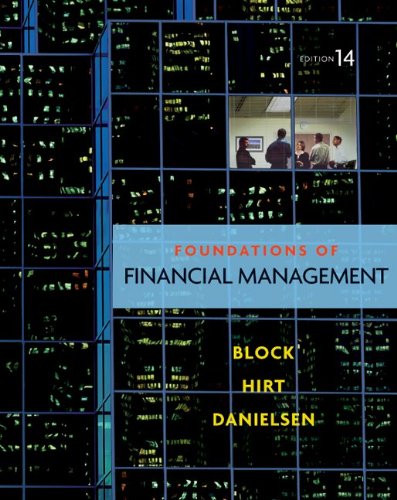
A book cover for Foundations of Financial Management, 14th Edition; Stanley Block; Business & Money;